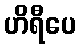
ဟိရီပေ